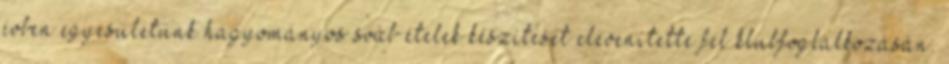
évben egyesületünk hagyományos sváb ételek készítését elevenítette fel klubfoglalkozásán.